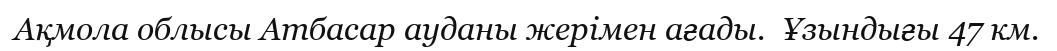
Ақмола облысы Атбасар ауданы жерімен ағады.  Ұзындығы 47 км.